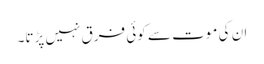
ان کی موت سے کوئی فرق نہیں پڑتا۔